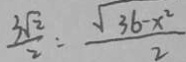
\frac { 3 \sqrt { 2 } } { 2 } = \frac { \sqrt { 3 6 - x ^ { 2 } } } { 2 }